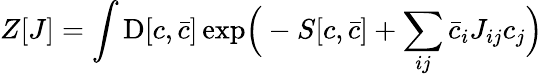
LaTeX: Z[J]=\int\mathrm{D}[c,{\bar{c}}]\exp\! {\Big(}-S[c,{\bar{c}}]+\sum_{ij}{\bar{c}}_{i}J_{ij}c_{j}{\Big)}